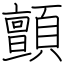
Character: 顫